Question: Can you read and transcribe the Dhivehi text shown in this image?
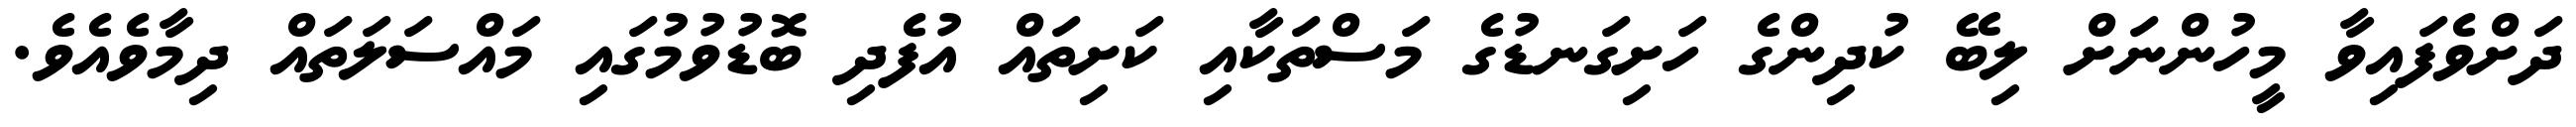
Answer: ދަށްވެފައިވާ މީހުންނަށް ލިބޭ ކުދިންގެ ހަށިގަނޑުގެ މަސްތަކާއި ކަށިތައް އުފެދި ބޮޑުވުމުގައި މައްސަލަތައް ދިމާވެއެވެ.